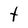
Character: t